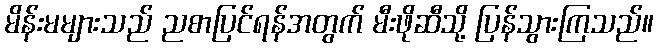
မိန်းမများသည် ညစာပြင်ရန်အတွက် မီးဖိုဆီသို့ ပြန်သွားကြသည်။